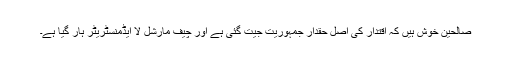
صالحین خوش ہیں کہ اقتدار کی اصل حقدار جمہوریت جیت گئی ہے اور چیف مارشل لا ایڈمنسٹریٹر ہار گیا ہے۔